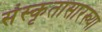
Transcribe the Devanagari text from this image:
संस्कृतासारख्या